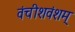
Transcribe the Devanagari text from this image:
वंचीशवंशम्